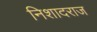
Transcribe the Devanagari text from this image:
निशादराज